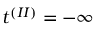
t ^ { ( I I ) } = - \infty